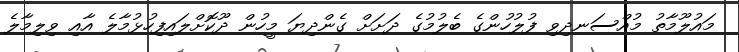
މައުލޫމާތު މުއްސަނދިވި ފުލުހުންގެ ބެލުމުގެ ދަށަށް ގެންދިޔަ މީހުން ދޫކޮށްލައިފިހުޅުމާލެ އާއި ވިލިމާލެ